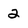
Character: 2